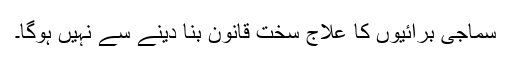
سماجی برائیوں کا علاج سخت قانون بنا دینے سے نہیں ہوگا۔